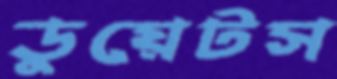
ডুয়েটস